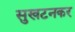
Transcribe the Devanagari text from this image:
सुखटनकर